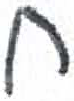
אות: ח